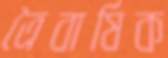
ত্রৈবার্ষিক